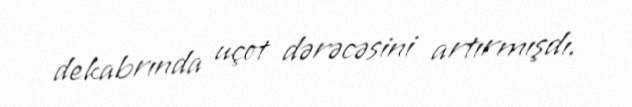
dekabrında uçot dərəcəsini artırmışdı.